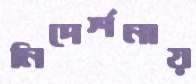
নিদের্শনায়